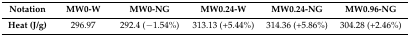
<table><thead><tr><td><b>Notation</b></td><td><b>MW0-W</b></td><td><b>MW0-NG</b></td><td><b>MW0.24-W</b></td><td><b>MW0.24-NG</b></td><td><b>MW0.96-NG</b></td></tr></thead><tbody><tr><td><b>Heat (J/g)</b></td><td>296.97</td><td>292.4 (−1.54%)</td><td>313.13 (+5.44%)</td><td>314.36 (+5.86%)</td><td>304.28 (+2.46%)</td></tr></tbody></table>